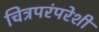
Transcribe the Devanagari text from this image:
चित्रपरंपरेशी